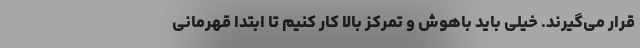
قرار می‌گیرند. خیلی باید باهوش و تمرکز بالا کار کنیم تا ابتدا قهرمانی